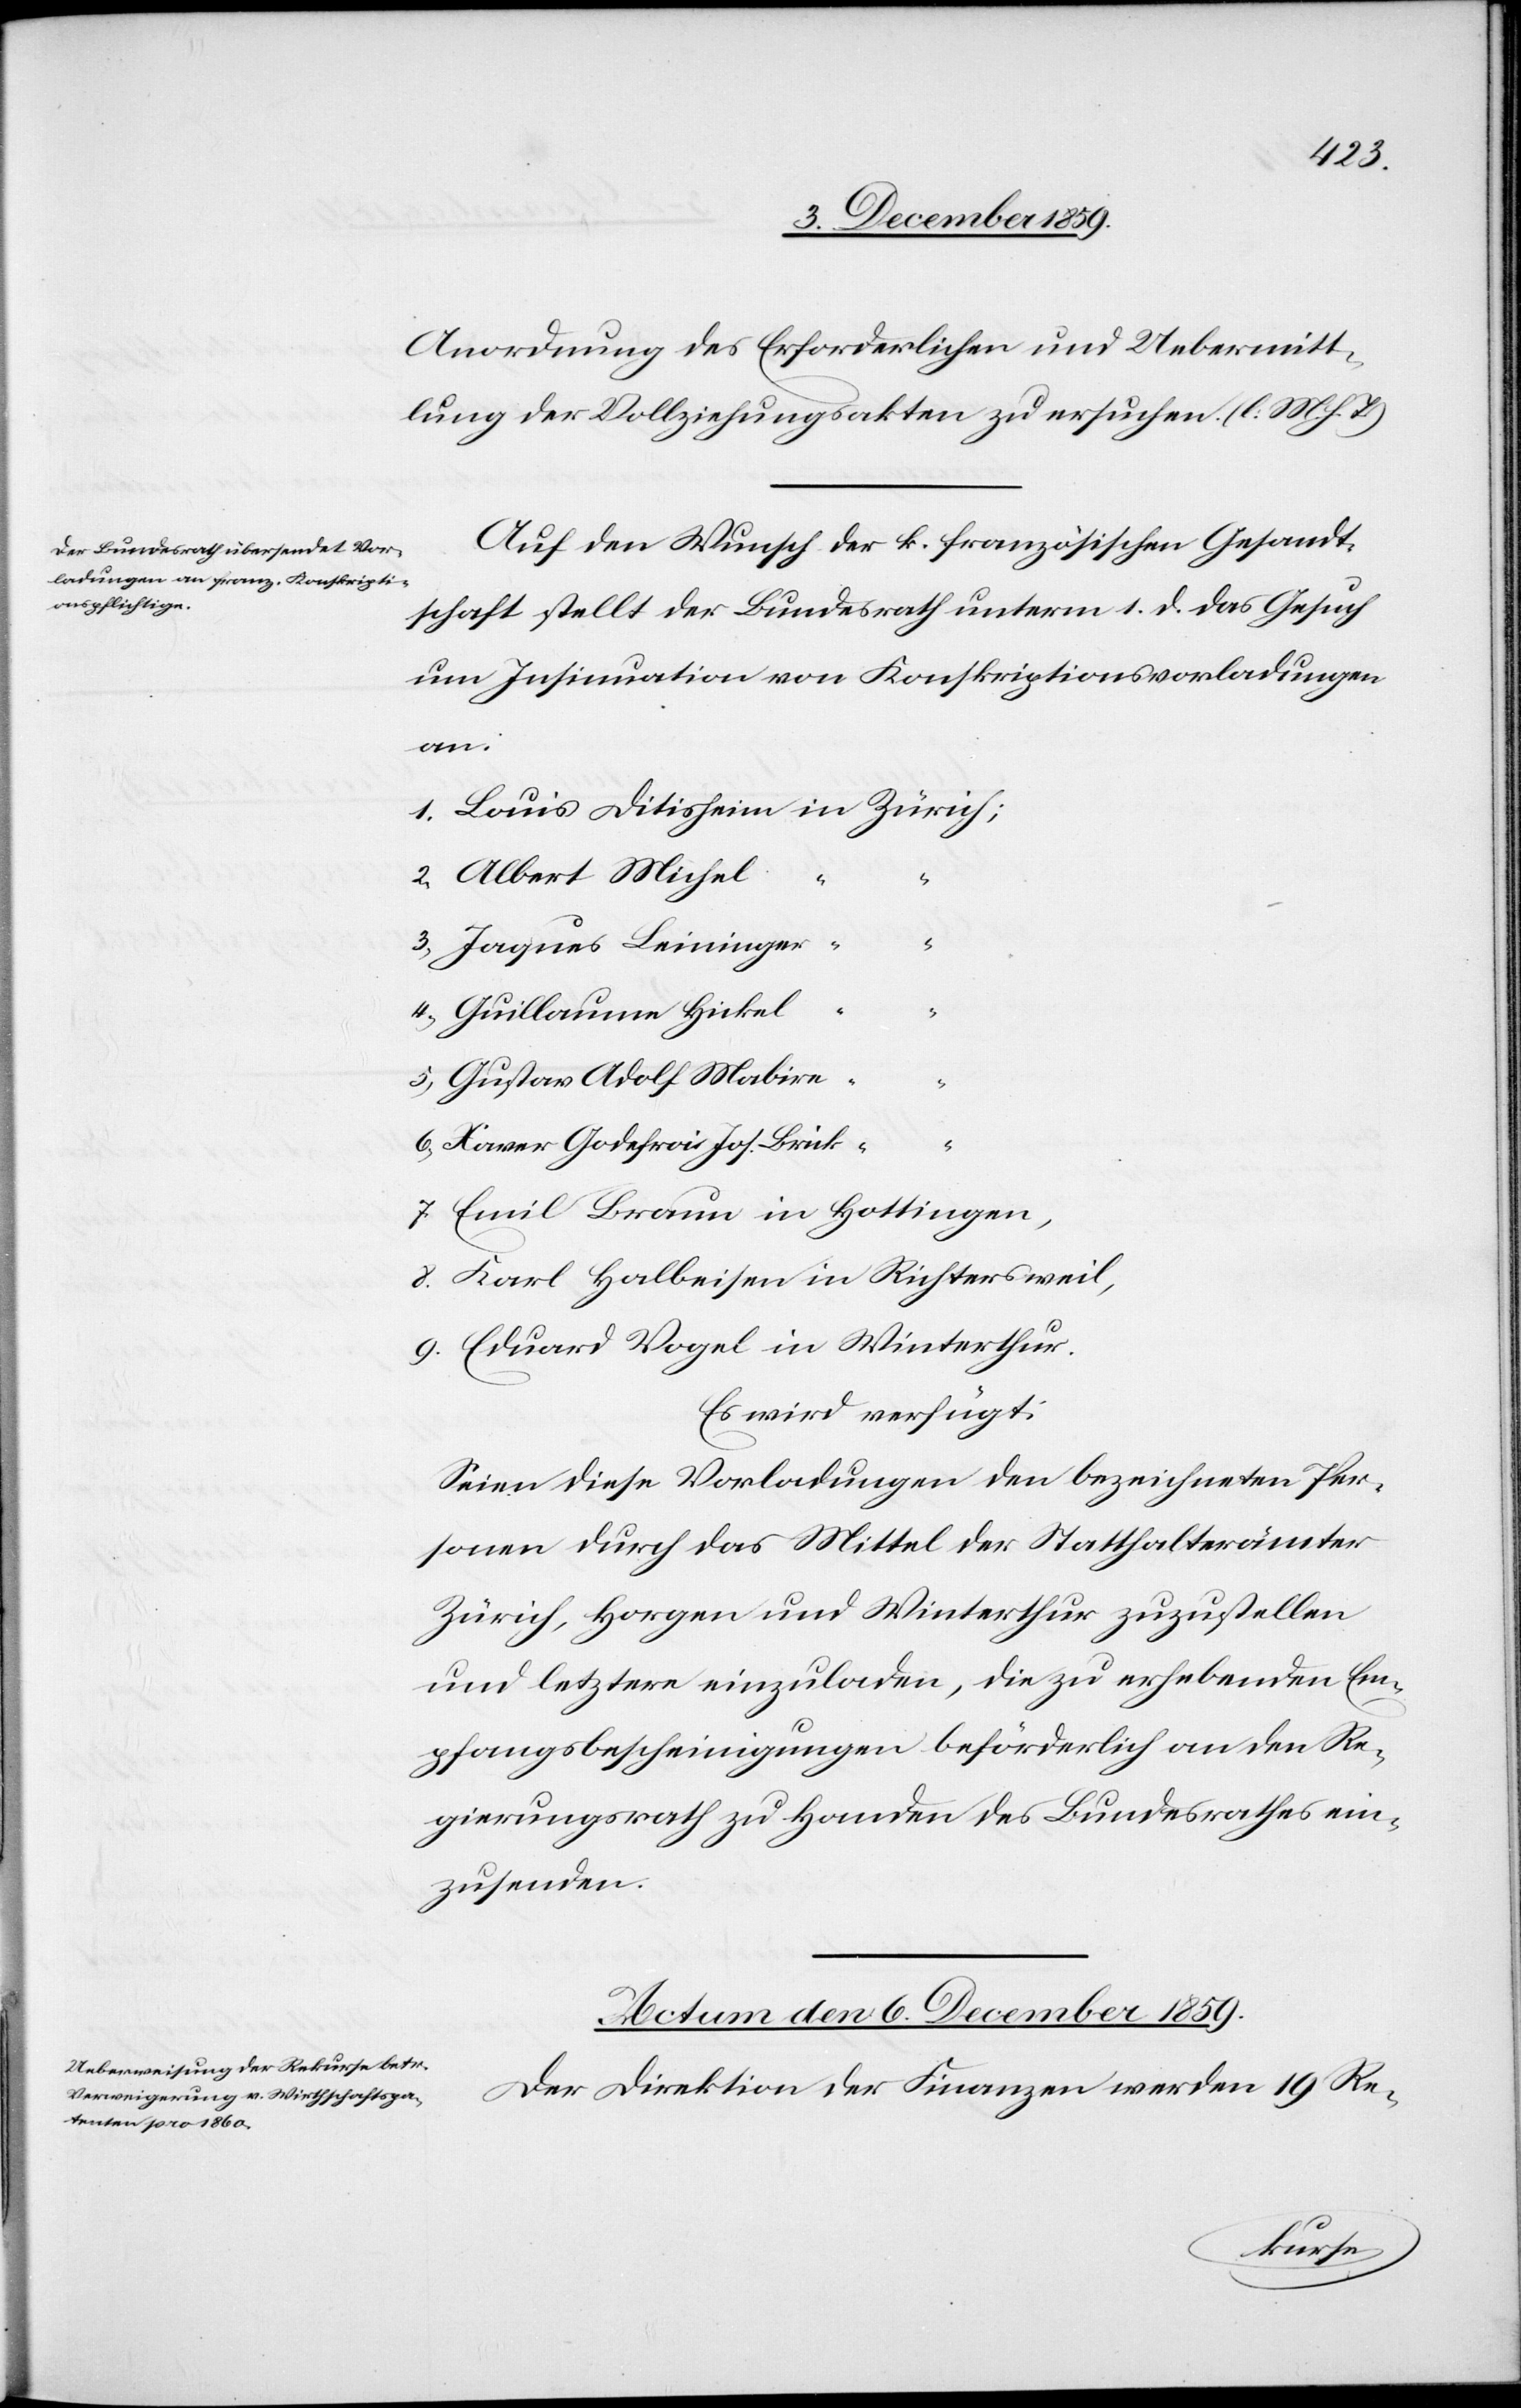
Anordnung des Erforderlichen und Uebermitt¬
lung der Vollziehungsakten zu ersuchen. (l. M. h. T.)
Auf Wunsch der k. französischen Gesandt¬
schaft stellt der Bundesrath unterm 1. d. das Gesuch
um Insinuation von Konskriptionsvorladungen
in
2) Albert Michel
“
1)
“
3) Jaques Leininger
“
4) Guillaume Hickel
“
5) Gustav Adolf Mabire
“
6) Xaver Godefrai Jos. Brük
“
7) Emil Braun in Hottingen,
8) Karl Halbeisen in Richtersweil,
9) Eduard Vogel in Winterthur.
Es wird verfügt:
Seien diese Vorladungen den bezeichneten Per¬
sonen durch das Mittel der Statthalterämter
Zürich, Horgen und Winterthur zuzustellen
und letztere einzuladen, die zu erhebendem Em¬
pfangsbescheinigungen beförderlich an den Re¬
gierungsrath zu Handen des Bundesrathes ein¬
zusenden.
Actum den 6. December 1859.
Der Direktion der Finanzen werden 19 Re-
Louis